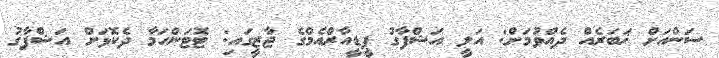
ސަންއަށް ޚަބަރެއް ދެއްވުމަށް: އަލީ އަޝްފާގު ޕީޑީއާރްއެމްގެ ޖާޒީގައި: ޓޮޓަންހަމާ ދެކޮޅަށް އަޝްފާގު